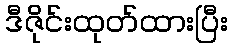
ဒီဇိုင်းထုတ်ထားပြီး